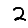
Digit: 2